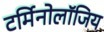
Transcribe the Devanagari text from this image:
टर्मिनोलॉजिय